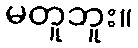
မတူဘူး။